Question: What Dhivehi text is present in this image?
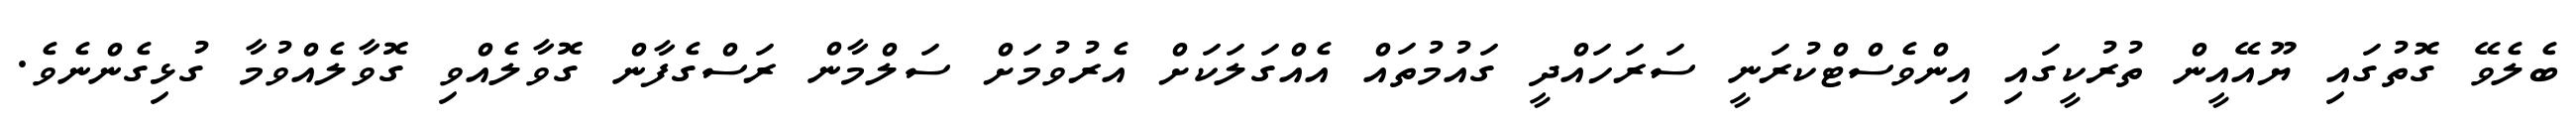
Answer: ބެލެވޭ ގޮތުގައި ޔޫއޭއީން ތުރުކީގައި އިންވެސްޓްކުރަނީ ސަރަހައްދީ ގައުމުތައް އެއްގަލަކަށް އެރުވުމަށް ސަލްމާން ރަސްގެފާން ގޮވާލެއްވި ގޮވާލެއްވުމާ ގުޅިގެންނެވެ.